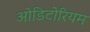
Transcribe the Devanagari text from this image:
ओडिटोरियम